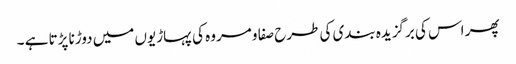
پھر اس کی برگزیدہ بندی کی طرح صفا و مروہ کی پہاڑیوں میں دوڑنا پڑتا ہے ۔